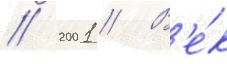
/ 2001 // В'е́к